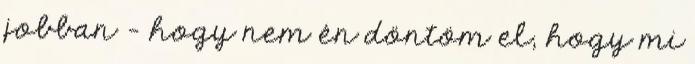
jobban - hogy nem én döntöm el, hogy mi